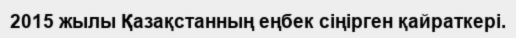
2015 жылы Қазақстанның еңбек сіңірген қайраткері.